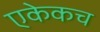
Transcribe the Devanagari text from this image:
एकेकच